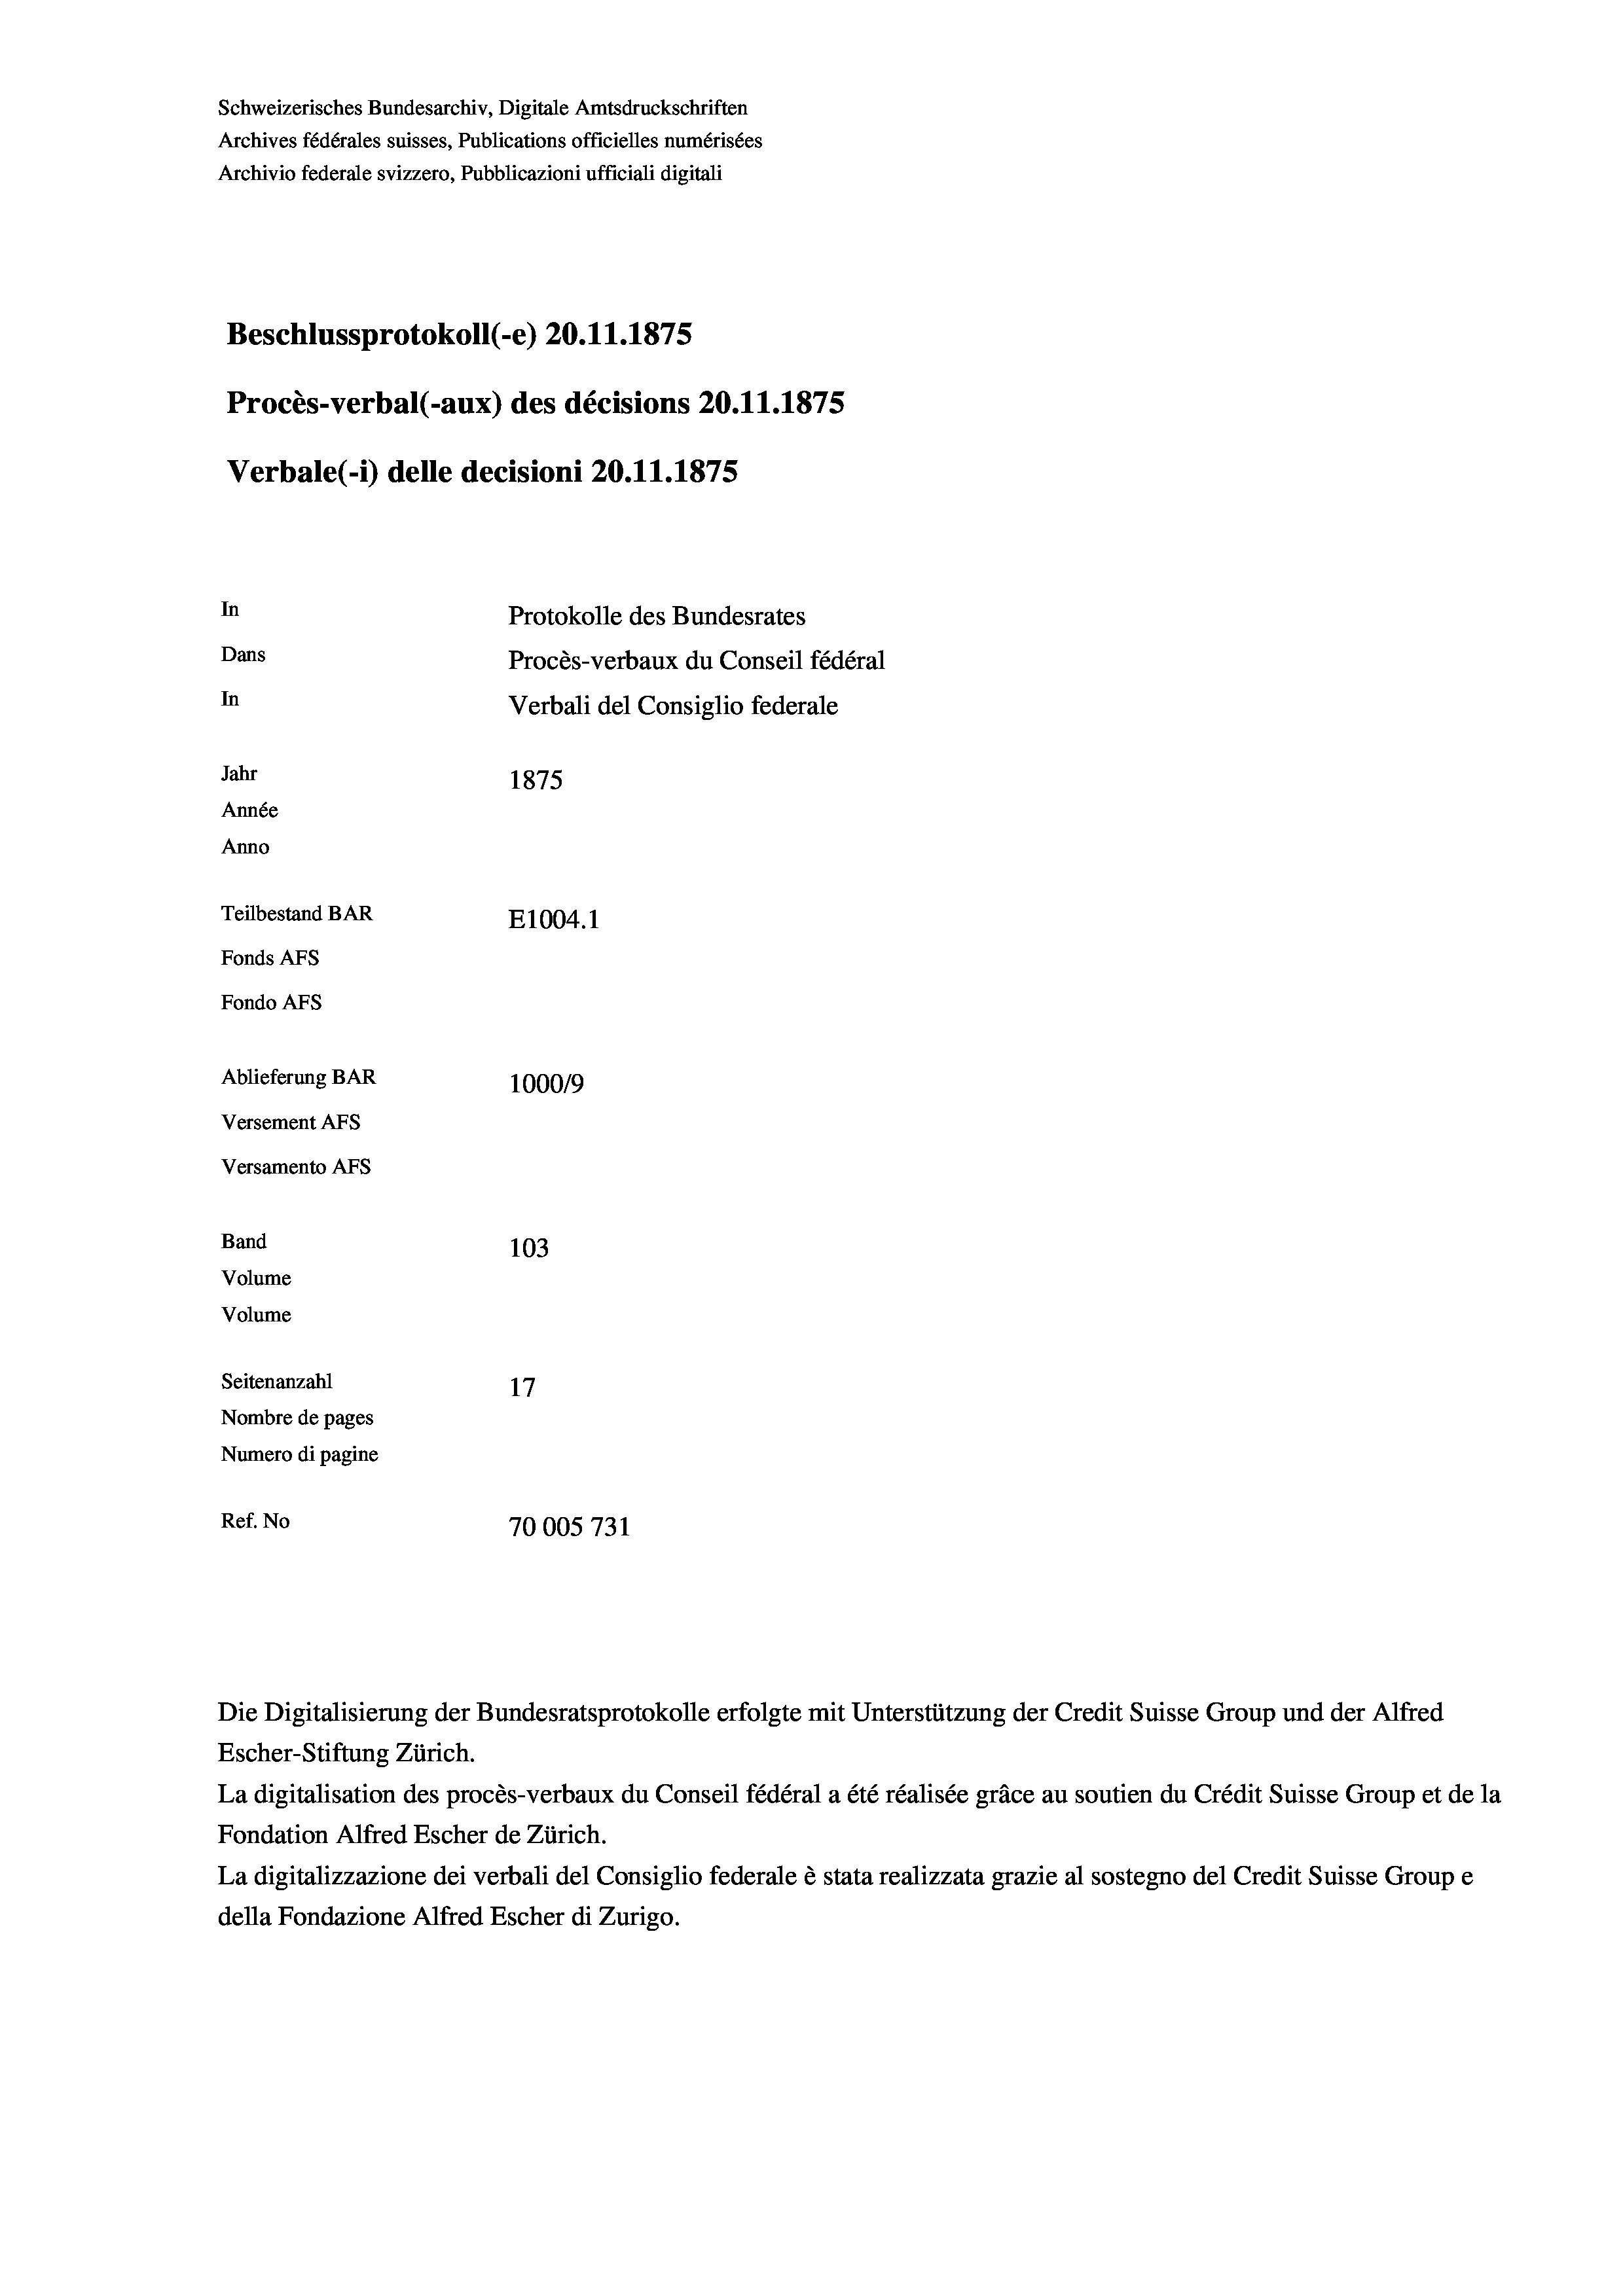
Schweizerisches Bundesarchiv, Digitale Amtsdruckschriften
Archives fédérales suisses, Publications officielles numérisées
Archivio federale svizzero, Pubblicazioni ufficiali digitali
Beschlussprotokoll (-e) 20.11.1875
Procès-verbal (-aux) des décisions 20.11.1875
Verbale (1) delle decisioni 20.11.1875
In
Protokolle des Bundesrates
Dans
Procès-verbaux du Conseil fédéral
In
Verbali del Consiglio federale
Jahr
1875
Année
Anno
Teilbestand BAR
E1004. 1
Fonds AFs
Fondo AFs
Ablieferung BAR
1000/9
Versement Abs
Versamento Afs

103
Volume
Seitenanzahl
17
Nombre de pages
Numero di pagine
Ref. No
70005731

Band
Volume

Die Digitalisierung der Bundesratsprotokolle erfolgte mit Unterstützung der Credit Suisse Group und der Alfred
Escher-Stiftung Zürich.
La digitalisation des procès-verbaux du Conseil fédéral a été réalisée gräce au soutien du Crédit Suisse Group et de la
Fondation Alfred Escher de Zürich.
La digitalizzazione dei verbali del Consiglio federale è stata realizzata grazie al sostegno del Credit Suisse Groupe
della Fondazione Alfred Escher di Zurigo.